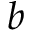
b